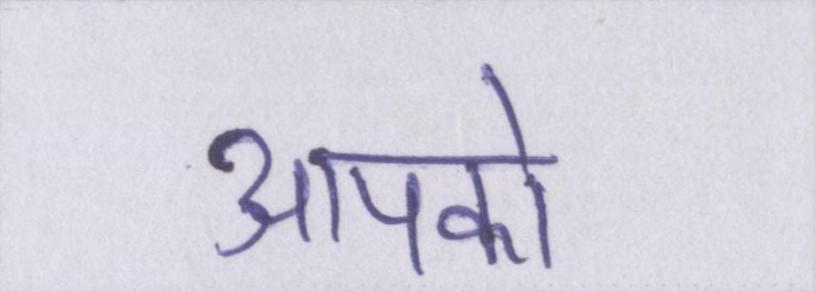
आपको